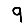
Digit: 9